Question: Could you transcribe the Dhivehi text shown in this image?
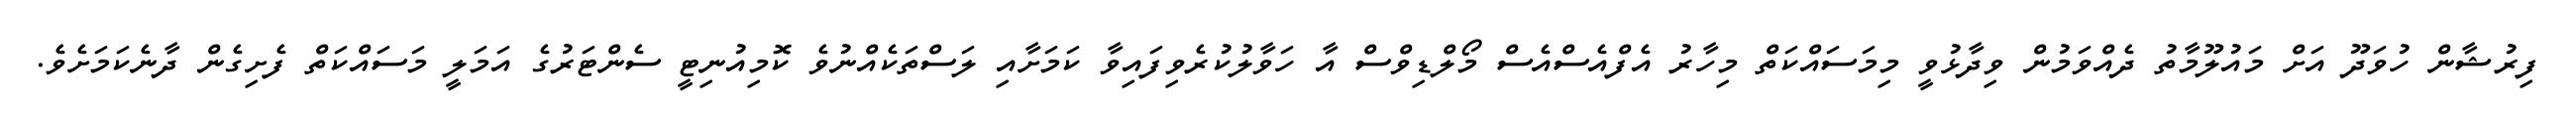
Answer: ފިރުޝާން ހުވަދޫ އަށް މައުލޫމާތު ދެއްވަމުން ވިދާޅުވީ މިމަސައްކަތް މިހާރު އެފްއެސްއެސް މޯލްޑިވްސް އާ ހަވާލުކުރެވިފައިވާ ކަމަށާއި ލަސްތަކެއްނުވެ ކޮމިއުނިޓީ ސެންޓަރުގެ އަމަލީ މަސައްކަތް ފެށިގެން ދާނެކަމަށެވެ.